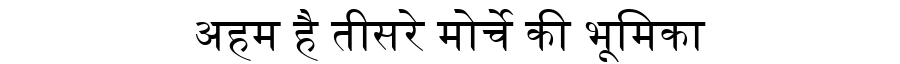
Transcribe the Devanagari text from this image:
अहम है तीसरे मोर्चे की भूमिका